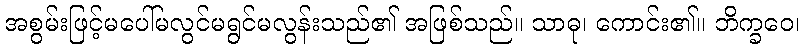
အစွမ်းဖြင့်မပေါ်မလွင်မရွင်မလွန်းသည်၏ အဖြစ်သည်။ သာဓု၊ ကောင်း၏။ ဘိက္ခဝေ၊